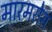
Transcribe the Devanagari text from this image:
मारमरोस